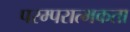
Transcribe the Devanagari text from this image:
परम्परात्मकता